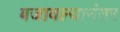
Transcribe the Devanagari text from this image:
बजावल्यानंतर